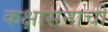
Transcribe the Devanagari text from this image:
कक्षासनाची